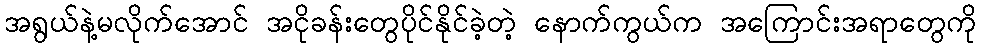
အရွယ်နဲ့မလိုက်အောင် အငိုခန်းတွေပိုင်နိုင်ခဲ့တဲ့ နောက်ကွယ်က အကြောင်းအရာတွေကို